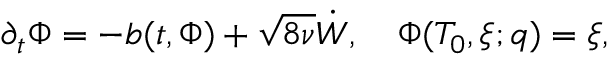
\partial _ { t } \Phi = - b ( t , \Phi ) + \sqrt { 8 \nu } \dot { W } , \quad \Phi ( T _ { 0 } , \xi ; q ) = \xi ,